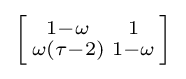
\left[{\begin{smallmatrix}1-\omega &1\\\omega (\tau -2)&1-\omega \end{smallmatrix}}\right]